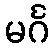
မင်္ဂ